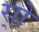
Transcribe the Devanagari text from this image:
र्‍ाो